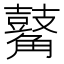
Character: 𪔝